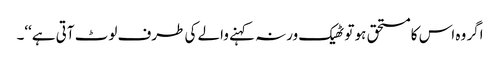
اگر وہ اس کا مستحق ہو تو ٹھیک ورنہ کہنے والے کی طرف لوٹ آتی ہے‘‘۔